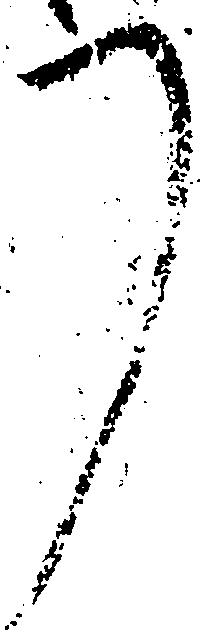
了